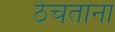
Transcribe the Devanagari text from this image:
ठेचताना